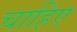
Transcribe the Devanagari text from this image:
चाहिए